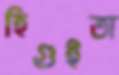
হিগুইতা